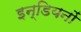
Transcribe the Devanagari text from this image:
इन्डियनों